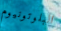
البلوتونيوم